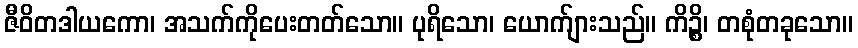
ဇီဝိတဒါယကော၊ အသက်ကိုပေးတတ်သော။ ပုရိသော၊ ယောက်ျားသည်။ ကိဉ္စိ၊ တစုံတခုသော။